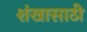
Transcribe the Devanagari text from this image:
शंखासाठी